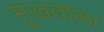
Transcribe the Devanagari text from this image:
मुखवाला